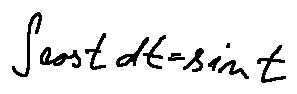
\int \cos t d t = \sin t